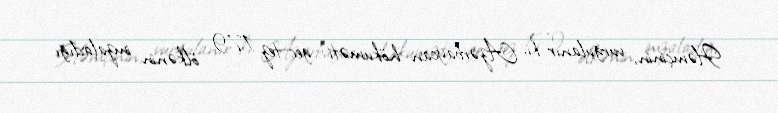
Həmçinin, vurğulanır ki, Azərbaycan hökuməti gec-tez 179 ölkənin imzaladığı